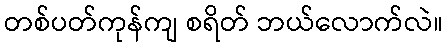
တစ်ပတ်ကုန်ကျ စရိတ် ဘယ်လောက်လဲ။